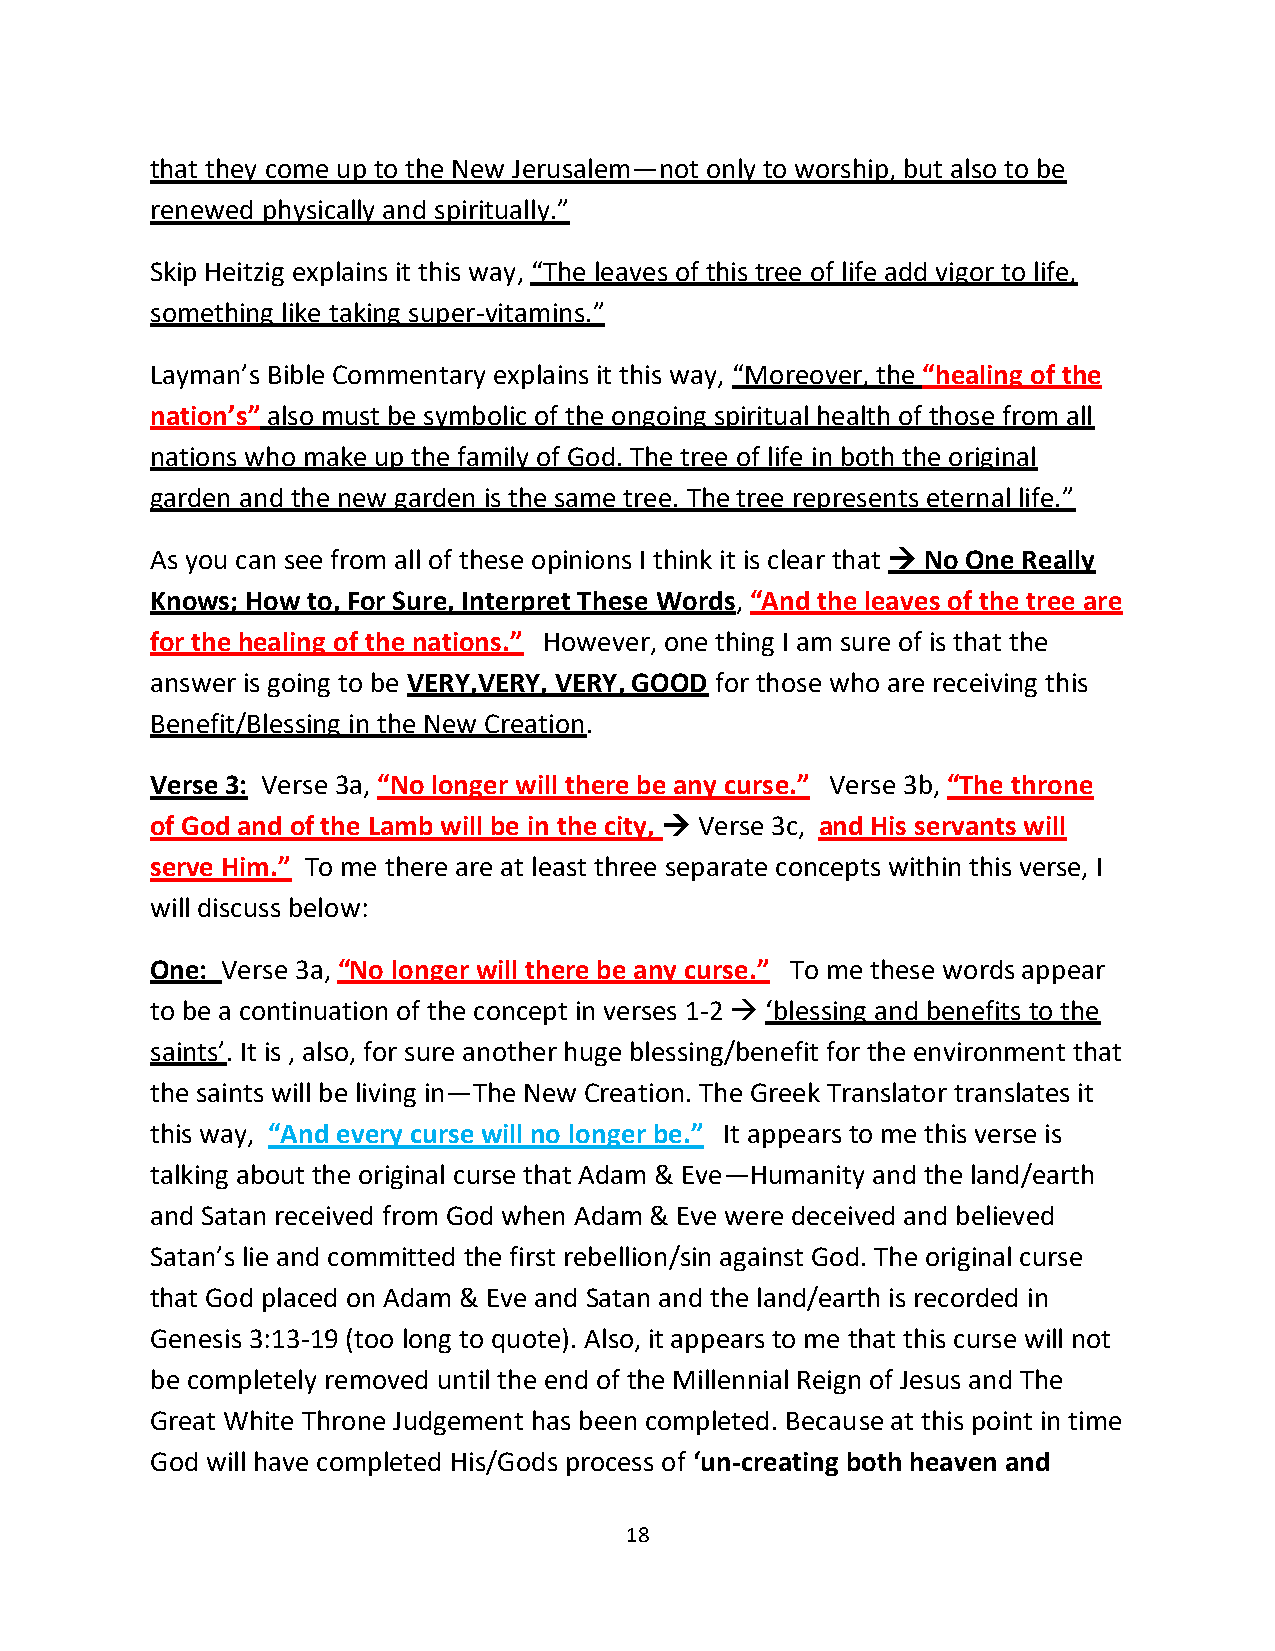
that they come up to the New Jerusalem—not only to worship, but also to be
 renewed physically and spiritually.”
 Skip Heitzig explains it this way, “The leaves of this tree of life add vigor to life,
 something like taking super-vitamins.”
 Layman’s Bible Commentary explains it this way, “Moreover, the “healing of the
 nation’s” also must be symbolic of the ongoing spiritual health of those from all
 nations who make up the family of God. The tree of life in both the original
 garden and the new garden is the same tree. The tree represents eternal life.”
 As you can see from all of these opinions I think it is clear that → No One Really
 Knows; How to, For Sure, Interpret These Words, “And the leaves of the tree are
 for the healing of the nations.” However, one thing I am sure of is that the
 answer is going to be VERY,VERY, VERY, GOOD for those who are receiving this
 Benefit/Blessing in the New Creation.
 Verse 3: Verse 3a, “No longer will there be any curse.” Verse 3b, “The throne
 of God and of the Lamb will be in the city, → Verse 3c, and His servants will
 serve Him.” To me there are at least three separate concepts within this verse, I
 will discuss below:
 One: Verse 3a, “No longer will there be any curse.” To me these words appear
 to be a continuation of the concept in verses 1-2 → ‘blessing and benefits to the
 saints’. It is , also, for sure another huge blessing/benefit for the environment that
 the saints will be living in—The New Creation. The Greek Translator translates it
 this way, “And every curse will no longer be.” It appears to me this verse is
 talking about the original curse that Adam & Eve—Humanity and the land/earth
 and Satan received from God when Adam & Eve were deceived and believed
 Satan’s lie and committed the first rebellion/sin against God. The original curse
 that God placed on Adam & Eve and Satan and the land/earth is recorded in
 Genesis 3:13-19 (too long to quote). Also, it appears to me that this curse will not
 be completely removed until the end of the Millennial Reign of Jesus and The
 Great White Throne Judgement has been completed. Because at this point in time
 God will have completed His/Gods process of ‘un-creating both heaven and
 18